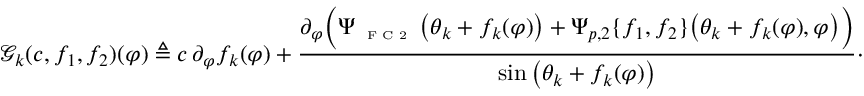
\mathscr { G } _ { k } ( c , f _ { 1 } , f _ { 2 } ) ( \varphi ) \triangleq c \, \partial _ { \varphi } f _ { k } ( \varphi ) + \frac { \partial _ { \varphi } \Big ( \Psi _ { \textnormal { \tiny { F C 2 } } } \big ( \theta _ { k } + f _ { k } ( \varphi ) \big ) + \Psi _ { p , 2 } \{ f _ { 1 } , f _ { 2 } \} \big ( \theta _ { k } + f _ { k } ( \varphi ) , \varphi \big ) \Big ) } { \sin \big ( \theta _ { k } + f _ { k } ( \varphi ) \big ) } \cdot